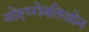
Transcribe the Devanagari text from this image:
ओक्ष्य्गेनतिओन